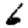
Digit: 6